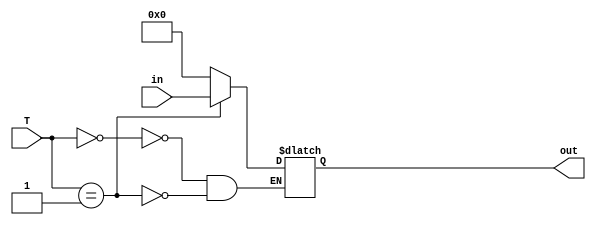
module registrador_Ty_Tz (input [5:0] in, output reg [5:0] out, input [1:0] T);
	
	
	parameter [1:0] A = 2'b00;// parametros para os valores qe o regitrador pode receber 
	parameter [1:0] B = 2'b01;
	parameter [1:0] C = 2'b10;

	always @(*) 
	
	begin
case(T)

	A:					//Reset
	begin
		out = 6'd0;
		end

	B:
	begin
		out = in; 	//load
		end

	C: 				//Hold  deixa o numero do jeito que 
	begin
	end
endcase
	end

endmodule